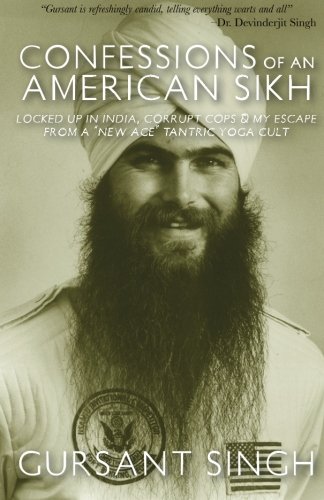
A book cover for Confessions of an American Sikh: Locked up in India, corrupt cops & my escape from a "New Age" tantric yoga cult!; Gursant Singh; Religion & Spirituality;